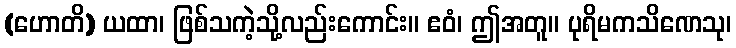
(ဟောတိ) ယထာ၊ ဖြစ်သကဲ့သို့လည်းကောင်း။ ဧဝံ၊ ဤအတူ။ ပုရိမကသိဏေသု၊